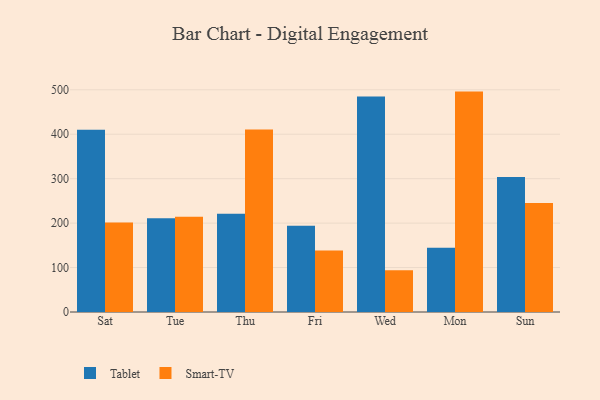
{"axis": {"x": "Day", "y": "Production Output"}, "legend": ["Smart-TV", "Tablet"], "data": [{"x": "Sat", "y": 409.9, "type": "Tablet"}, {"x": "Sat", "y": 201.4, "type": "Smart-TV"}, {"x": "Tue", "y": 211.1, "type": "Tablet"}, {"x": "Tue", "y": 214.3, "type": "Smart-TV"}, {"x": "Thu", "y": 221.2, "type": "Tablet"}, {"x": "Thu", "y": 410.9, "type": "Smart-TV"}, {"x": "Fri", "y": 194.3, "type": "Tablet"}, {"x": "Fri", "y": 138.6, "type": "Smart-TV"}, {"x": "Wed", "y": 484.7, "type": "Tablet"}, {"x": "Wed", "y": 94.2, "type": "Smart-TV"}, {"x": "Mon", "y": 144.6, "type": "Tablet"}, {"x": "Mon", "y": 495.9, "type": "Smart-TV"}, {"x": "Sun", "y": 303.8, "type": "Tablet"}, {"x": "Sun", "y": 245.5, "type": "Smart-TV"}]}